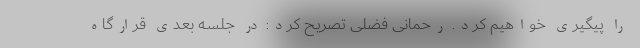
را پیگیری خواهیم کرد. رحمانی فضلی تصریح کرد: در جلسه بعدی قرارگاه